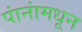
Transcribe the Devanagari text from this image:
पांनांमधून